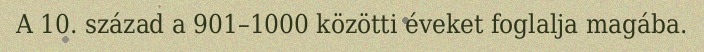
A 10. század a 901–1000 közötti éveket foglalja magába.